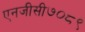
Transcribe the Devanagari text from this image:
एनजीसी७०८९